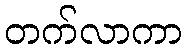
တက်လာကာ